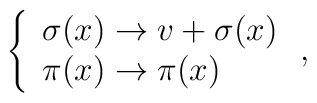
\left\{ \begin{array}{ll}        \sigma(x) \rightarrow v + \sigma(x)  \\        \pi(x)    \rightarrow \pi(x)        \end{array}\right.,